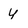
Character: Y